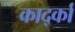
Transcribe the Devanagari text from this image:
कार्द्का